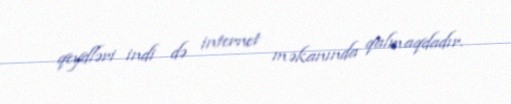
qeydləri indi də internet məkanında qalmaqdadır.